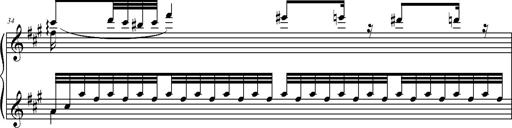
Title: 2 LÃ©gendes
Composer: Franz Liszt